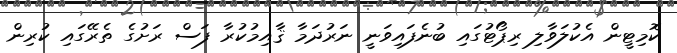
ކޮމިޓީން އެކުލަވާލި ރިޕޯޓުގައި ބުނެފައިވަނީ ނަރުދަމާ ޤާއިމުކުރާ ފަސް ރަށުގެ ތެރޭގައި ކުރިން